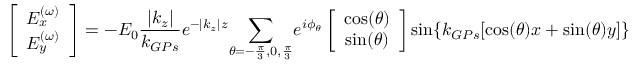
\left[ \begin{array} { c c } { E _ { x } ^ { ( \omega ) } } \\ { E _ { y } ^ { ( \omega ) } } \end{array} \right] = - E _ { 0 } \frac { \left| { k _ { z } } \right| } { k _ { G P s } } e ^ { - \left| { k _ { z } } \right| z } { \sum _ { \theta = - \frac { \pi } { 3 } , 0 , \frac { \pi } { 3 } } } { e ^ { i \phi _ { \theta } } } \left[ \begin{array} { c c } { \cos ( \theta ) } \\ { \sin ( \theta ) } \end{array} \right] \sin \{ k _ { G P s } [ \cos ( \theta ) x + \sin ( \theta ) y ] \}